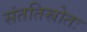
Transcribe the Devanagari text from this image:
संततिस्रोतः